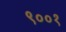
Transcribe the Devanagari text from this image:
९००१